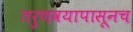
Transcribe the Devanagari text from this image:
तरुणवयापासूनच